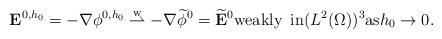
LaTeX: \begin{align*}{\displaystyle \mathbf{E}^{0,h_0}=-\nabla \phi^{0,h_0}\stackrel{\mathrm{w}}{\rightharpoonup}-\nabla\widetilde{\phi}^0=\widetilde{\mathbf{E}}^0 \hbox{weakly\,\,\,in}(L^2(\Omega))^3 \hbox{as}h_0\rightarrow 0.}\end{align*}